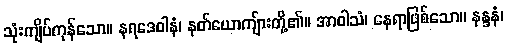
သုံးကျိပ်ကုန်သော။ နရဒေဝါနံ၊ နတ်ယောကျ်ားတို့၏။ အာဝါသံ၊ နေရာဖြစ်သော။ နန္ဒနံ၊